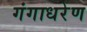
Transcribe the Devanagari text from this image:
गंगाधरेण